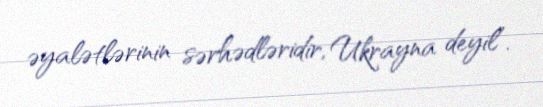
əyalətlərinin sərhədləridir, Ukrayna deyil”.